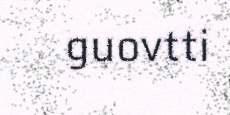
guovtti